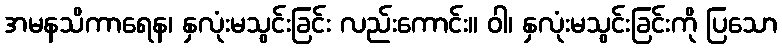
အမနသိကာရေန၊ နှလုံးမသွင်းခြင်း လည်းကောင်း။ ဝါ၊ နှလုံးမသွင်းခြင်းကို ပြသော